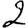
Digit: 2